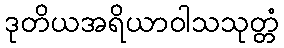
ဒုတိယအရိယာဝါသသုတ္တံ